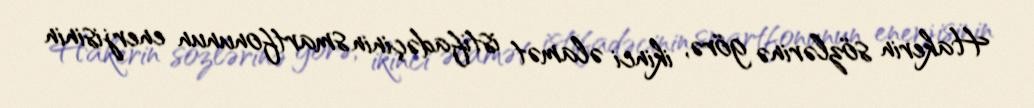
Hakerin sözlərinə görə, ikinci əlamət istifadəçinin smartfonunun enerjisinin